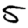
Digit: 5